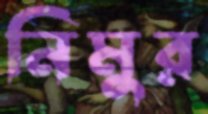
নিমুর